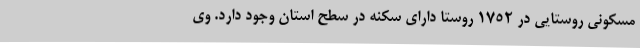
مسکونی روستایی در 1752 روستا دارای سکنه در سطح استان وجود دارد. وی